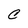
Character: C